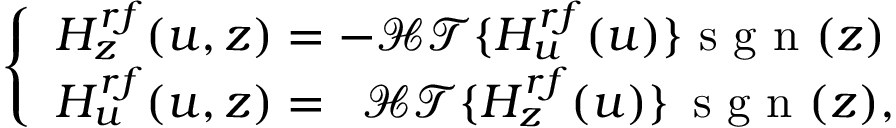
\left\{ \begin{array} { l } { H _ { z } ^ { r f } ( u , z ) = - \mathcal { H T } \{ H _ { u } ^ { r f } ( u ) \} \textrm { s g n } ( z ) } \\ { H _ { u } ^ { r f } ( u , z ) = ~ \, \mathcal { H T } \{ H _ { z } ^ { r f } ( u ) \} \, \textrm { s g n } ( z ) , } \end{array} \right.